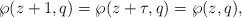
LaTeX: \begin{align*}\wp(z+1, q) = \wp(z+\tau, q) = \wp(z, q),\end{align*}